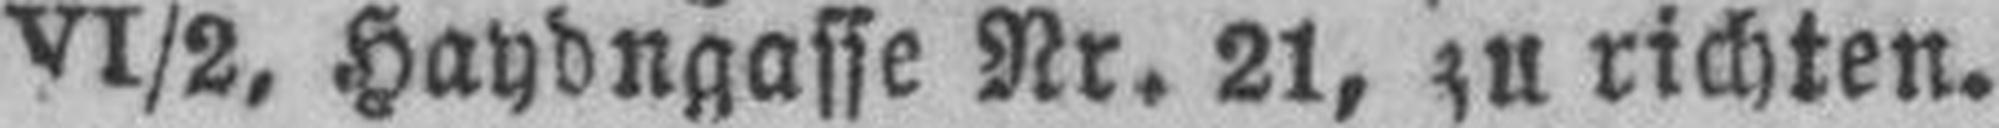
Vl/2, Haydngasse Nr. 21, zu richten.